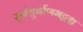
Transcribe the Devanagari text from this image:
सुबंधुर्बाणभट्टश्च